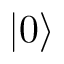
| 0 \rangle